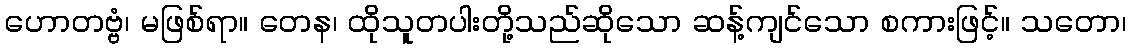
ဟောတဗ္ဗံ၊ မဖြစ်ရာ။ တေန၊ ထိုသူတပါးတို့သည်ဆိုသော ဆန့်ကျင်သော စကားဖြင့်။ သတော၊